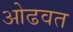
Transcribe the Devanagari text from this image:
ओढवत